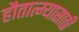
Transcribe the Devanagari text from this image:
हौतात्म्यासाठी